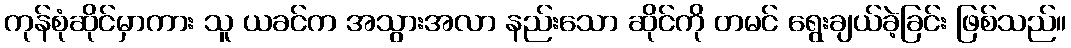
ကုန်စုံဆိုင်မှာကား သူ ယခင်က အသွားအလာ နည်းသော ဆိုင်ကို တမင် ရွေးချယ်ခဲ့ခြင်း ဖြစ်သည်။